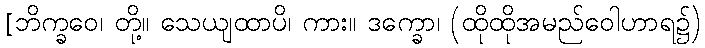
[ဘိက္ခဝေ၊ တို့။ သေယျထာပိ၊ ကား။ ဒက္ခော၊ (ထိုထိုအမည်ဝေါဟာရ၌)